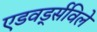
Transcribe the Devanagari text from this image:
एडवर्ड्सविले